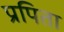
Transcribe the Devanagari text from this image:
प्रपिता